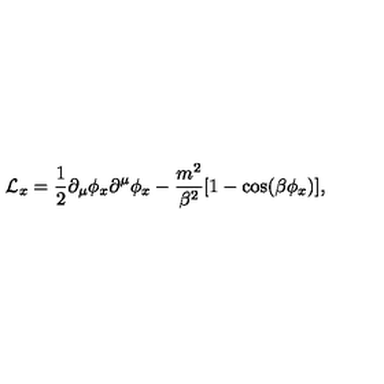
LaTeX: { \cal L } _ { x } = { \frac { 1 } { 2 } } \partial _ { \mu } \phi _ { x } \partial ^ { \mu } \phi _ { x } - { \frac { m ^ { 2 } } { \beta ^ { 2 } } } [ 1 - \cos ( \beta \phi _ { x } ) ] ,